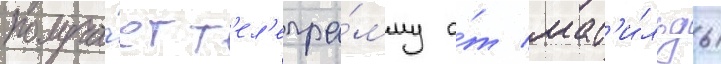
получа́ет т'ел'егра́мму о́т мат'и́льды